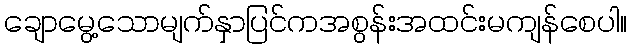
ချောမွေ့သောမျက်နှာပြင်ကအစွန်းအထင်းမကျန်စေပါ။